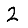
Digit: 2